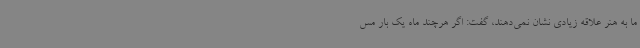
ما به هنر علاقه زیادی نشان نمی‌دهند، گفت: اگر هرچند ماه یک بار مس